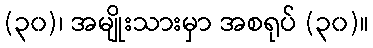
(၃၀)၊ အမျိုးသားမှာ အစရုပ် (၃၀)။